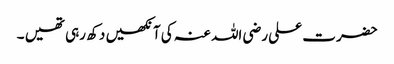
حضرت علی رضی اللہ عنہ کی آنکھیں دکھ رہی تھیں ۔